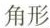
角形